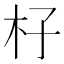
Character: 杍